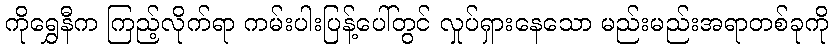
ကိုရွှေနီက ကြည့်လိုက်ရာ ကမ်းပါးပြန့်ပေါ်တွင် လှုပ်ရှားနေသော မည်းမည်းအရာတစ်ခုကို